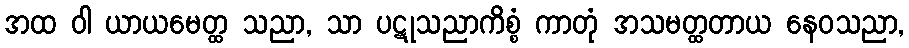
အထ ဝါ ယာယမေတ္ထ သညာ, သာ ပဋုသညာကိစ္စံ ကာတုံ အသမတ္ထတာယ နေဝသညာ,